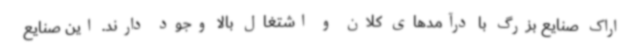
اراک صنایع بزرگ با درآمدهای کلان و اشتغال بالا وجود دارند. این صنایع